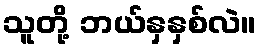
သူတို့ ဘယ်နှနှစ်လဲ။